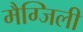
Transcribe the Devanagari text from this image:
मैग्जिली